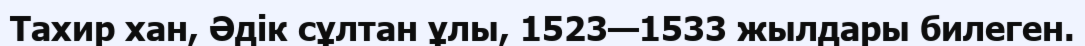
Тахир хан, Әдік сұлтан ұлы, 1523—1533 жылдары билеген.